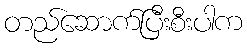
တည်ဆောက်ပြီးစီးပါက